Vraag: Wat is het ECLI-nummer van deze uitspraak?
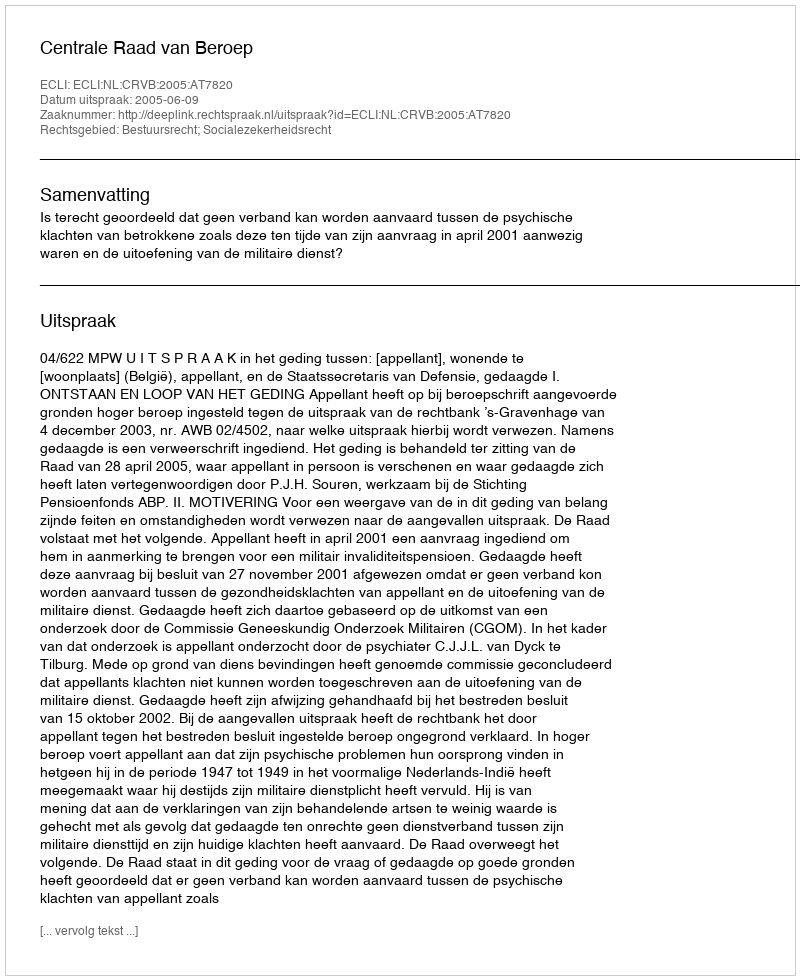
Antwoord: ECLI:NL:CRVB:2005:AT7820